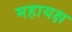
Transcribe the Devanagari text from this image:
महायक्ष